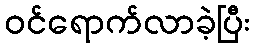
ဝင်ရောက်လာခဲ့ပြီး